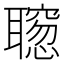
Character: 𫆒